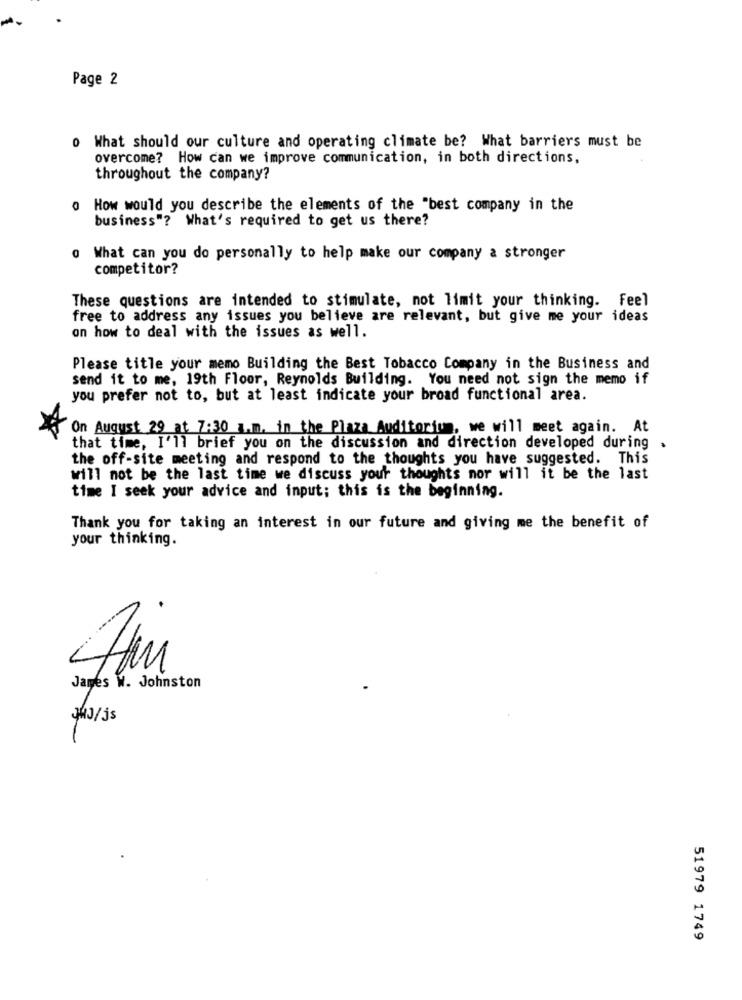
Page 2
o What should our culture and operating climate be? What barriers must be
overcome? How can we improve communication, in both directions,
throughout the company?
o How would you describe the elements of the "best company in the
business"? What's required to get us there?
0 What can you do personally to help make our company a stronger
competitor?
These questions are intended to stimulate, not limit your thinking. Feel
free to address any issues you believe are relevant, but give me your ideas
on how to deal with the issues as well.
Please title your memo Building the Best Tobacco Company in the Business and
send it to me, 19th Floor, Reynolds Building. You need not sign the memo if
you prefer not to, but at least indicate your broad functional area.
On August 29 at 7:30 a.m. in the Plaza Auditorium, we will meet again. At
that time, I'll brief you on the discussion and direction developed during
the off-site meeting and respond to the thoughts you have suggested. This
will not be the last time we discuss your thoughts nor will it be the last
time I seek your advice and input; this is the beginning.
Thank you for taking an interest in our future and giving me the benefit of
your thinking.
James W. Johnston
JJ/js
51979 1749